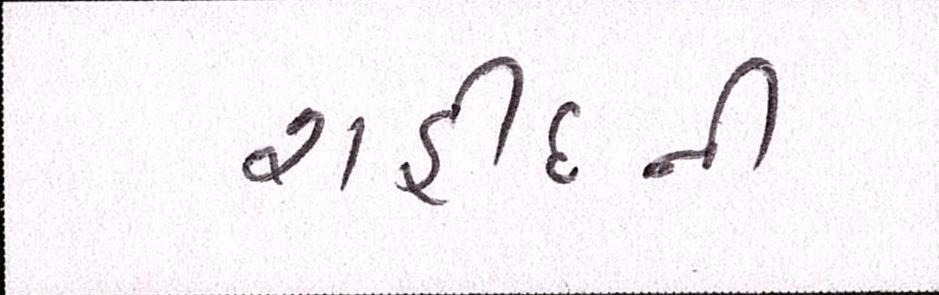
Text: શહીદની